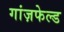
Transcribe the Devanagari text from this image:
गांज़फेल्ड